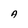
Character: A